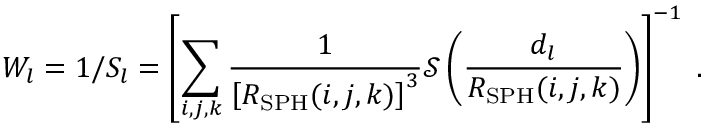
W _ { l } = 1 / S _ { l } = \left[ \sum _ { i , j , k } \frac { 1 } { \left[ R _ { \mathrm { S P H } } ( i , j , k ) \right] ^ { 3 } } \mathcal { S } \left( \frac { d _ { l } } { R _ { \mathrm { S P H } } ( i , j , k ) } \right) \right] ^ { - 1 } \; .